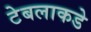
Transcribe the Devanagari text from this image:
टेबलाकडे